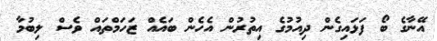
އޭނާގެ ބޯ ފަޅައިގެން ދިއުމުގެ އިތުރުން އެހެން ބައެއް ޒަހަމްތައް ވެސް ލިބުމާ